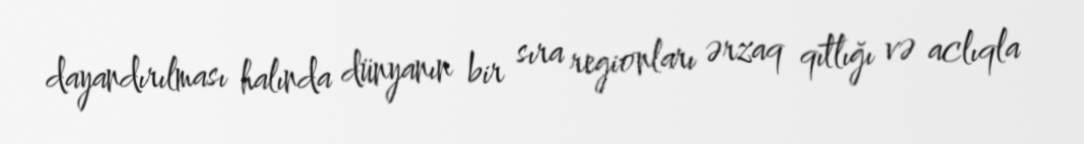
dayandırılması halında dünyanın bir sıra regionları ərzaq qıtlığı və aclıqla